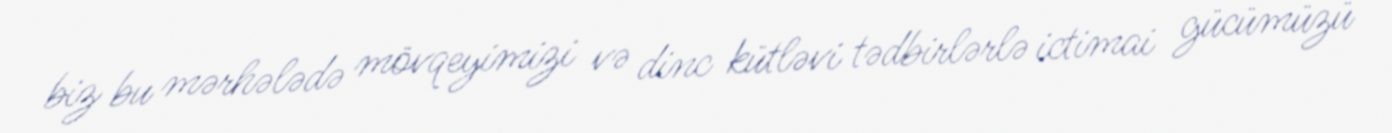
biz bu mərhələdə mövqeyimizi və dinc kütləvi tədbirlərlə ictimai gücümüzü